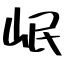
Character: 岷